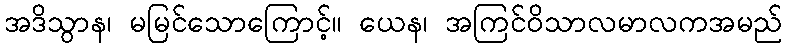
အဒိသွာန၊ မမြင်သောကြောင့်။ ယေန၊ အကြင်ဝိသာလမာလကအမည်